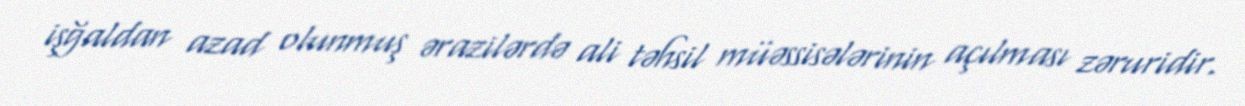
işğaldan azad olunmuş ərazilərdə ali təhsil müəssisələrinin açılması zəruridir.